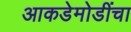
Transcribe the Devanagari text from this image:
आकडेमोडींचा